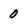
Character: 0